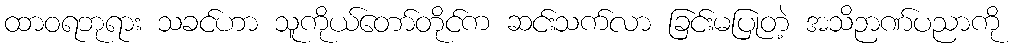
ထာဝရဘုရား သခင်ဟာ သူကိုယ်တော်တိုင်က ဆင်းသက်လာ ခြင်းမပြုတဲ့ အသိဉာဏ်ပညာကို